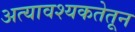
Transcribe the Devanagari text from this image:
अत्यावश्यकतेतून